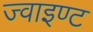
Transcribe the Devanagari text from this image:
ज्वाइण्ट